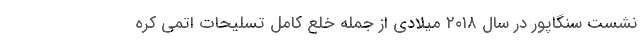
نشست سنگاپور در سال ۲۰۱۸ میلادی از جمله خلع کامل تسلیحات اتمی کره